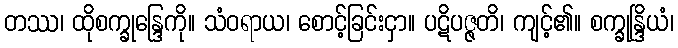
တဿ၊ ထိုစက္ခုန္ဒြေကို။ သံဝရာယ၊ စောင့်ခြင်းငှာ။ ပဋိပဇ္ဇတိ၊ ကျင့်၏။ စက္ခုန္ဒြိယံ၊